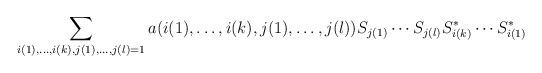
LaTeX: \begin{gather*}\sum_{i(1),\ldots, i(k), j(1), \ldots, j(l)=1}a(i(1),\ldots, i(k),j(1),\ldots,j(l)) S_{j(1)}\cdots S_{j(l)} S_{i(k)}^*\cdots S_{i(1)}^*\end{gather*}